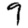
Digit: 9